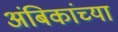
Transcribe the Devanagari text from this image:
अंबिकांच्या